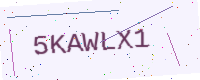
Text: 5KAWLX1